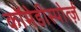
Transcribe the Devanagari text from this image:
कॉमेडीस्पोर्त्ज़